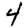
Digit: 4